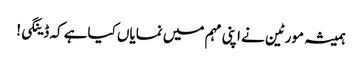
ہمیشہ مورٹین نے اپنی مہم میں نمایاں کیاہے کہ ڈینگی!